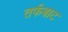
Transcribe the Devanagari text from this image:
तर्फबाट